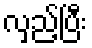
လှည့်ပြီး